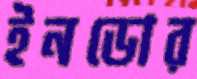
ইনডোর